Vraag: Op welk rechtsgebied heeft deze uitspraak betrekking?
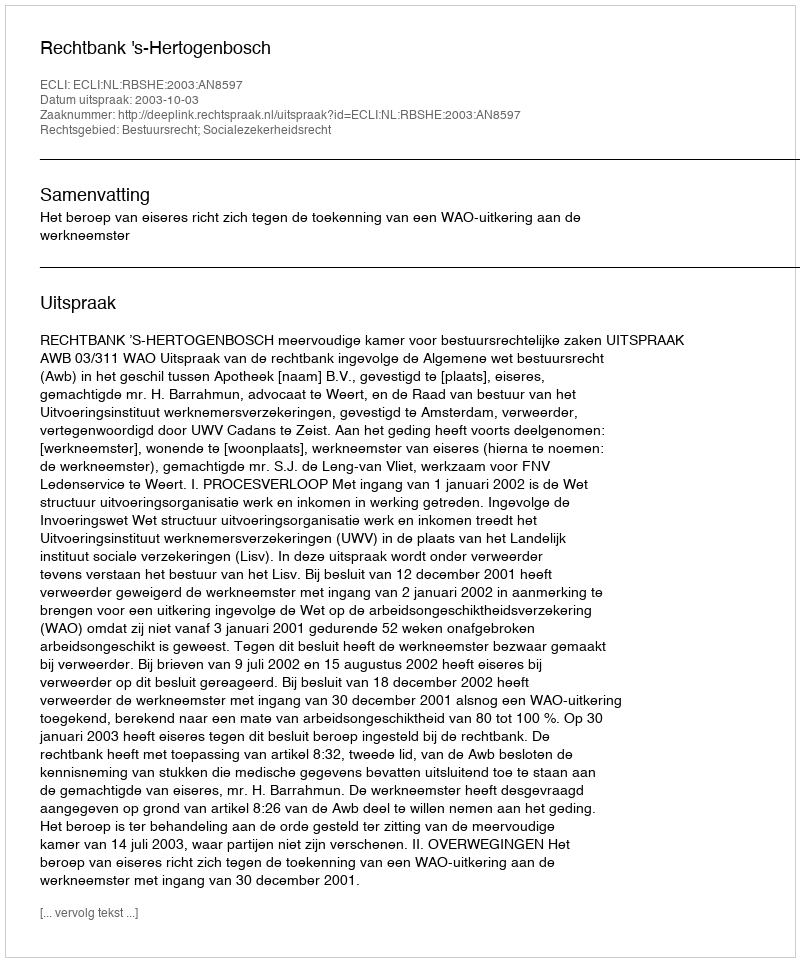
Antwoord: Bestuursrecht; Socialezekerheidsrecht